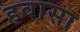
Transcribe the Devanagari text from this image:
हवासा